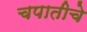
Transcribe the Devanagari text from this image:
चपातीचे